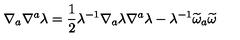
\nabla _ { a } \nabla ^ { a } \lambda = \frac { 1 } { 2 } \lambda ^ { - 1 } \nabla _ { a } \lambda \nabla ^ { a } \lambda - \lambda ^ { - 1 } \widetilde { \omega } _ { a } \widetilde { \omega }